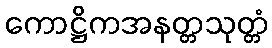
ကောဋ္ဌိကအနတ္တသုတ္တံ